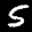
Label: 5